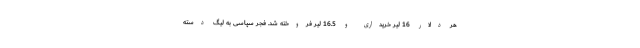
هر دلار 16 لیر خریداری و 16.5 لیر فروخته شد. فجر سپاسی به لیگ دسته